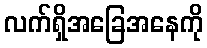
လက်ရှိအခြေအနေကို